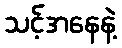
သင့်အနေနဲ့